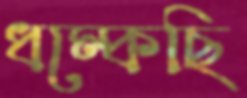
ধম্‌কেছি